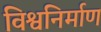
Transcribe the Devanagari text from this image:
विश्वनिर्माण